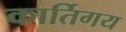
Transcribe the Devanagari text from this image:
कार्तिगय